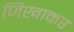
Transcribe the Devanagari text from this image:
जिखाकर